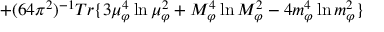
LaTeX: + ( 6 4 \pi ^ { 2 } ) ^ { - 1 } T r \{ 3 \mu _ { \varphi } ^ { 4 } \ln \mu _ { \varphi } ^ { 2 } + M _ { \varphi } ^ { 4 } \ln M _ { \varphi } ^ { 2 } - 4 m _ { \varphi } ^ { 4 } \ln m _ { \varphi } ^ { 2 } \}